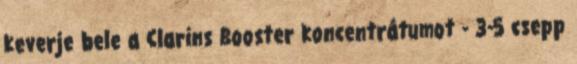
keverje bele a Clarins Booster koncentrátumot - 3-5 csepp